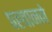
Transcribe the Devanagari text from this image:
पह्चानने